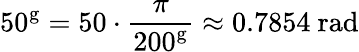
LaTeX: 50^{\mathrm{g}}=50\cdot{\frac{\pi}{200^{\mathrm{g}}}}\approx 0.7854{\mathrm{~rad}}